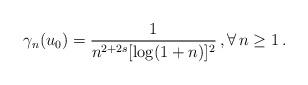
LaTeX: \begin{align*}\gamma_n(u_0)=\frac{1}{n^{2+2s}[\log(1+n)]^2} \, , \forall \, n\geq 1 \, . \end{align*}